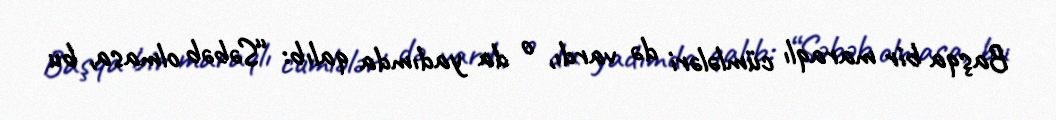
Başqa bir maraqlı cümlələri də vardı, o da yadımda qalıb: “Səbəb olmasa, bu